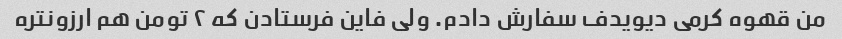
من قهوه کرمی دیویدف سفارش دادم. ولی فاین فرستادن که ۲ تومن هم ارزونتره